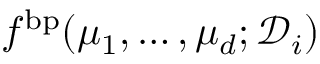
f ^ { \mathrm { b p } } ( \mu _ { 1 } , \dots , \mu _ { d } ; \mathcal { D } _ { i } )